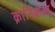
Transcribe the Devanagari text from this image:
क्रानिकल्स